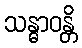
သန္ဓာဝန္တိ